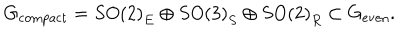
G _ { \mathrm { c o m p a c t } } = S O \left( 2 \right) _ { E } \oplus S O \left( 3 \right) _ { S } \oplus S O \left( 2 \right) _ { R } \subset G _ { \mathrm { e v e n } } .